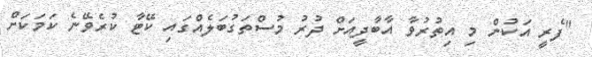
"ފެރީ އަކުން މި އިތުރުވާ އާބާދީއަށް ދުރު މުސްތަގުބަލެއްގައި ކޭޓާ ކުރެވޭނެ ކަމަކަށް